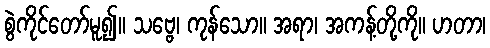
စွဲကိုင်တော်မူ၍။ သဗ္ဗေ၊ ကုန်သော။ အရာ၊ အကန့်တို့ကို။ ဟတာ၊